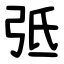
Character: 弤